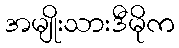
အမျိုးသားဒီမိုက